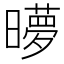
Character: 𬁜